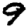
Digit: 9